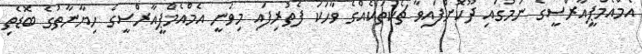
އެމްއެމްޕީއާރްސީގެ ނަމުގައި ދޫކޮށްފައިވާ ޗެކުތަކެއްގެ ވާހަކަ ފެތުރިފައި މިވަނީ އެމްއެމްޕީއާރްސީގެ ހިޔާނާތުގެ ބޮޑެތި